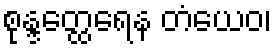
စုန္ဒတ္ထေရေန တံယေဝ၊